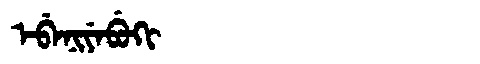
Manchu: ᡝᠪᡝᠨᡳᠶᡝᠪᡠᡴᡳ
Romanization: EBENIYEBUKI